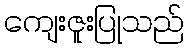
ကျေးဇူးပြုသည်